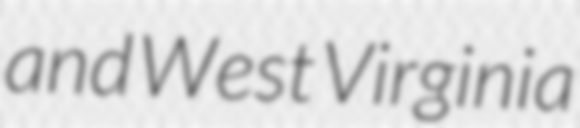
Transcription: and West Virginia